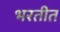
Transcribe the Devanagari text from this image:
भरतीत